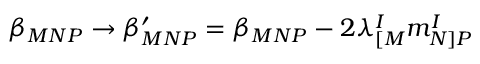
\beta _ { M N P } \rightarrow \beta _ { M N P } ^ { \prime } = \beta _ { M N P } - 2 \lambda _ { [ M } ^ { I } m _ { N ] P } ^ { I }